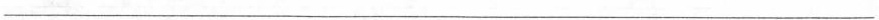
___